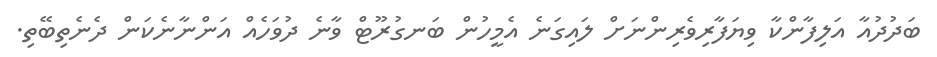
ބަދުދުއާ އަލިފާންކާ ވިޔަފާރިވެރިންނަށް ލައިގަނެ އެމީހުން ބަނގުރޫޓް ވާނެ ދުވަހެއް އަންނާނެކަން ދެނެތިބޭތި.